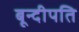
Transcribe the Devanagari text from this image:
बून्दीपति